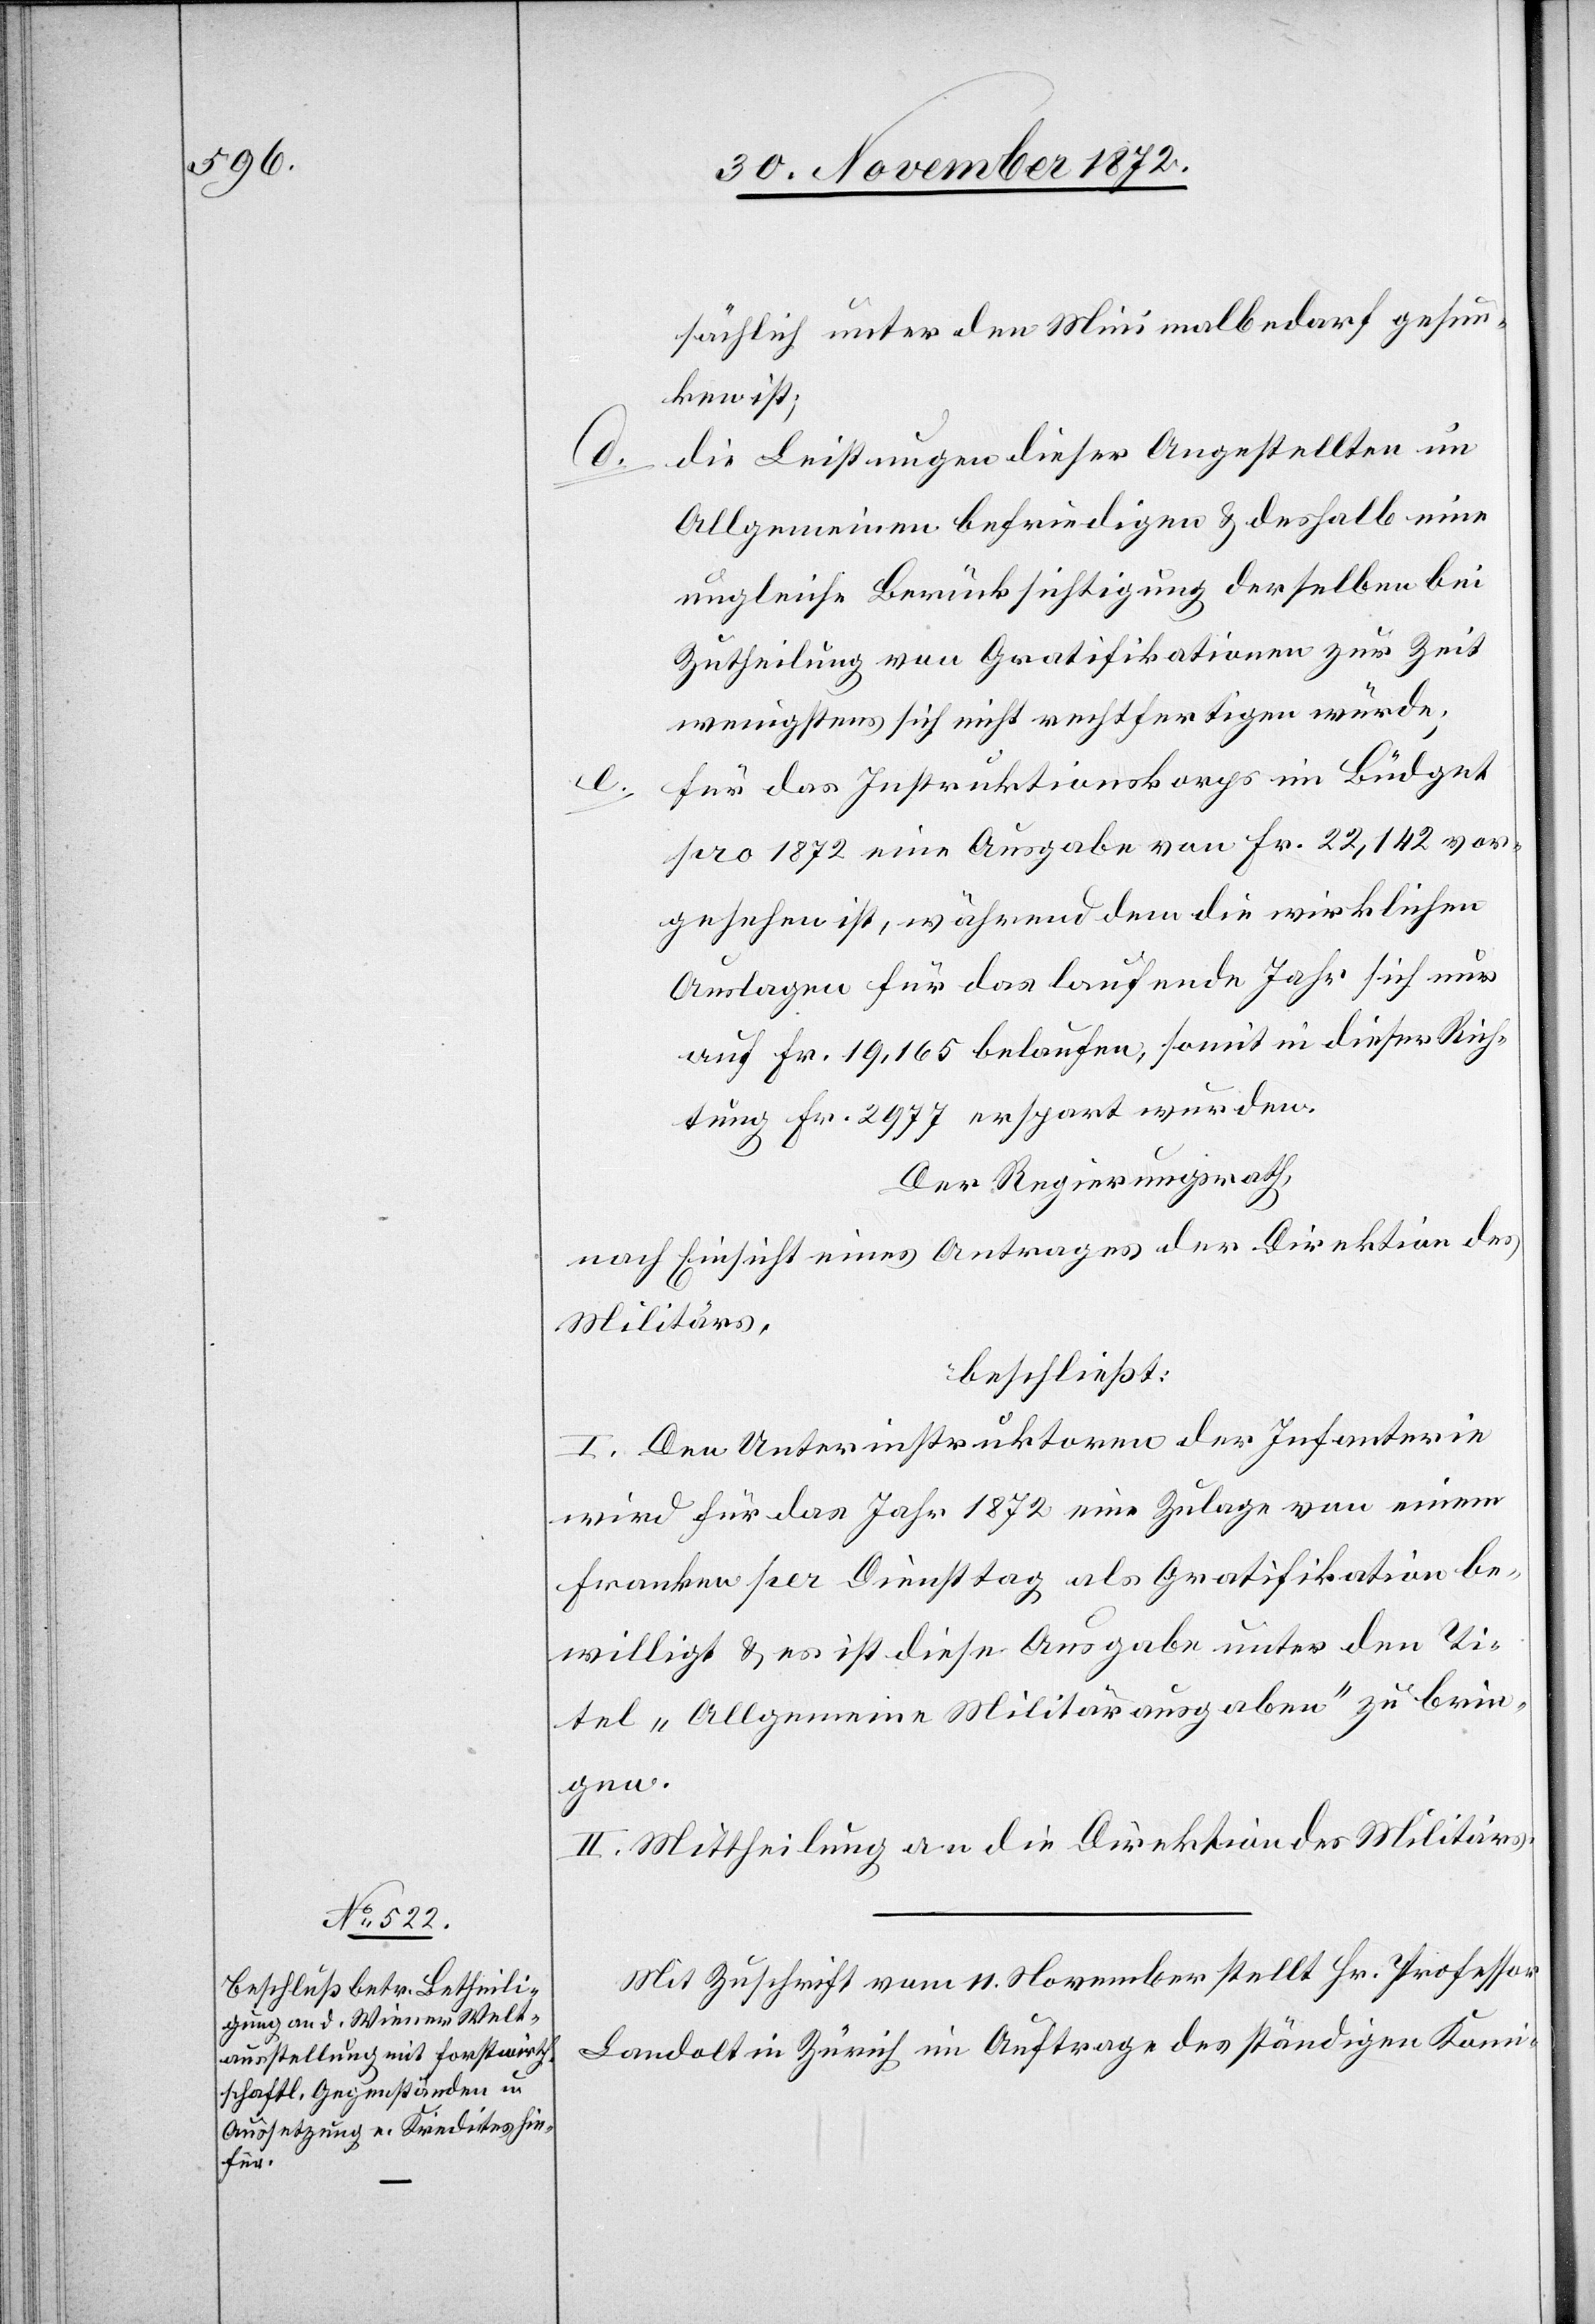
sächlich unter den Minimalbedarf gesun¬
ken ist;
die Leistungen dieser Angestellten im
Allgemeinen befriedigen u. deshalb eine
ungleiche Berücksichtigung derselben bei
Zutheilung von Gratifikationen zur Zeit
wenigstens sich nicht rechtfertigen würde;
für das Instruktionskorps im Büdget
pro 1872 eine Ausgabe von Fr. 22,142 vor¬
gesehen ist, während dem die wirklichen
Auslagen für das laufende Jahr sich nur
auf Fr. 19,165 belaufen, somit in dieser Rich¬
tung Fr. 2 977 erspart wurden.
Der Regierungsrath,
nach Einsicht eines Antrages der Direktion des
Militärs,
beschließt:
I. Den Unterinstruktoren der Infanterie
wird für das Jahr 1872 eine Zulage von einem
Franken per Diensttag als Gratifikation be¬
willigt u. es ist diese Ausgabe unter den Ti¬
tel „Allgemeine Militärausgaben“ zu brin¬
gen.
II. Mittheilung an die Direktion des Militärs.
Mit Zuschrift vom 11. November stellt Hr. Professor
Landolt in Zürich im Auftrag des ständigen Komi-